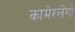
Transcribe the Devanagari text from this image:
कामेरलेंगो